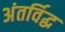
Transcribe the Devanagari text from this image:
अंतर्विद्ध